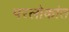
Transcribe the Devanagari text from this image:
परलोकांत